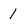
Character: 1